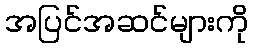
အပြင်အဆင်များကို